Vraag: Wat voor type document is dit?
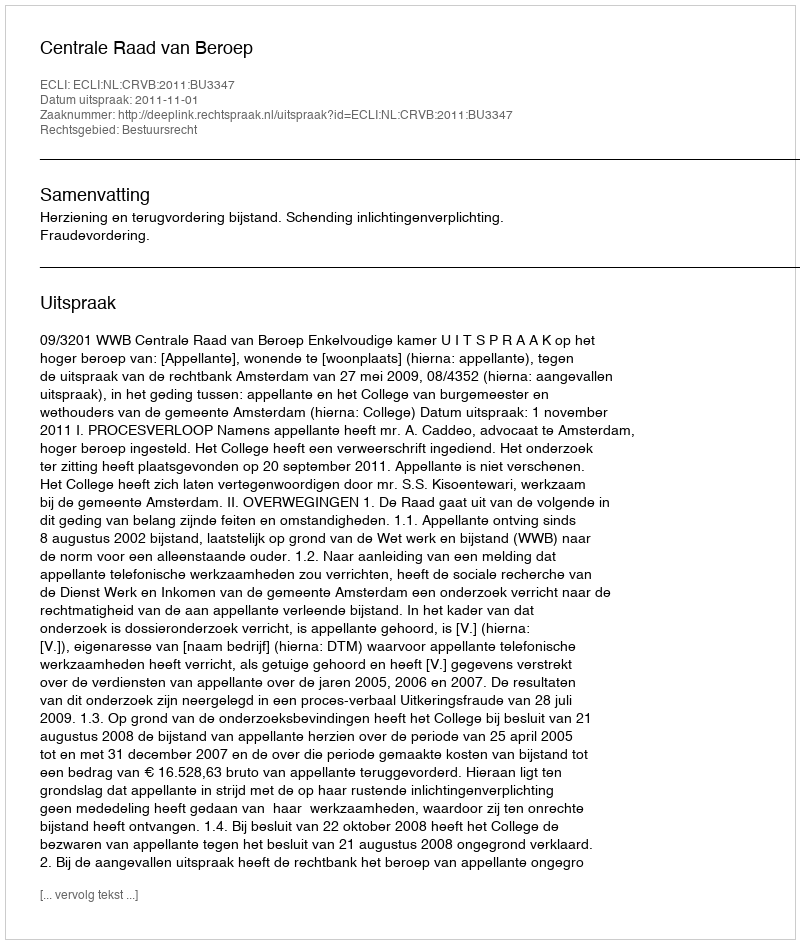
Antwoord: Uitspraak